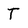
Character: T